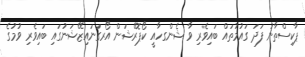
ޕާކިސްތާނު ފަދަ ގައުމުތައް ބައިވެރި ވާ ޝެންގހާއީ ކޯޕޮރޭޝަން އޯރގަނައިޒޭޝަނުގައި ބައިވެރި ވުމުގެ